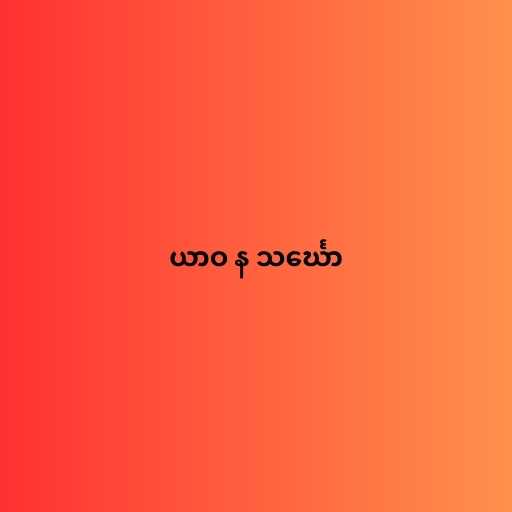
ယာဝ န သင်္ဃော